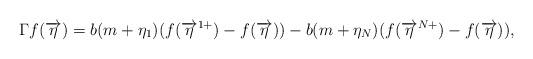
LaTeX: \begin{align*}&\Gamma f(\overrightarrow{\eta})=b(m+\eta_1)(f(\overrightarrow{\eta}^{1+})-f(\overrightarrow{\eta}))-b(m+\eta_N)(f(\overrightarrow{\eta}^{N+})-f(\overrightarrow{\eta})),\end{align*}